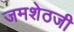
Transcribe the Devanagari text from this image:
जमशेठजी